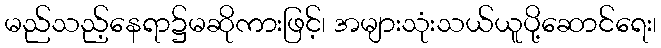
မည်သည့်နေရာ၌မဆိုကားဖြင့်၊ အများသုံးသယ်ယူပို့ဆောင်ရေး၊